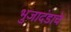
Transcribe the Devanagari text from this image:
भुजादंडाचे